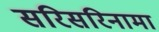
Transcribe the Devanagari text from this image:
सरिसरिनामा